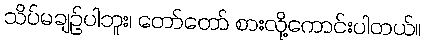
သိပ်မချဉ်ပါဘူး၊ တော်တော် စားလို့ကောင်းပါတယ်။